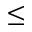
\le